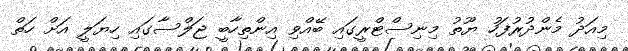
މިއަދު މެންދުރުފަހު ޔޫތު މިނިސްޓްރީގައި ބޭއްވި އިންތިހާބީ ޖަލްސާގައި ހިޔަލީ އަށް ހަތް